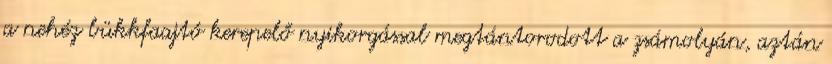
a nehéz bükkfaajtó kerepelő nyikorgással megtántorodott a zsámolyán, aztán